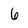
Character: 6